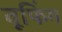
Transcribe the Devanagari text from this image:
वूफिंग